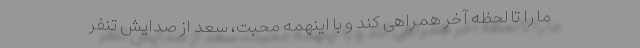
ما را تا لحظه آخر همراهی کند و با اینهمه محبت، سعد از صدایش تنفر